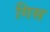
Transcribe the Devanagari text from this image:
गिस